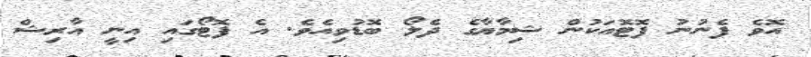
އޮވެ ފެނުނު ފޮޓޮއަކުން ޝިމާޔާގެ ދެލޯ ބޮޑުވިއެވެ. އެ ފޮޓޯގައި އިނީ އާރިޝް